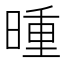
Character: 𬁇